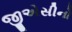
જીએસીનો